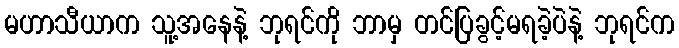
မဟာသီယာက သူ့အနေနဲ့ ဘုရင်ကို ဘာမှ တင်ပြခွင့်မရခဲ့ပဲနဲ့ ဘုရင်က